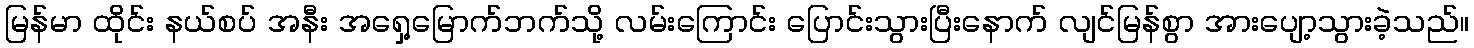
မြန်မာ ထိုင်း နယ်စပ် အနီး အရှေ့မြောက်ဘက်သို့ လမ်းကြောင်း ပြောင်းသွားပြီးနောက် လျင်မြန်စွာ အားပျော့သွားခဲ့သည်။